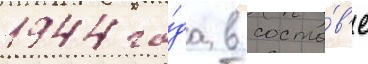
1944 го́да в соста́в'е